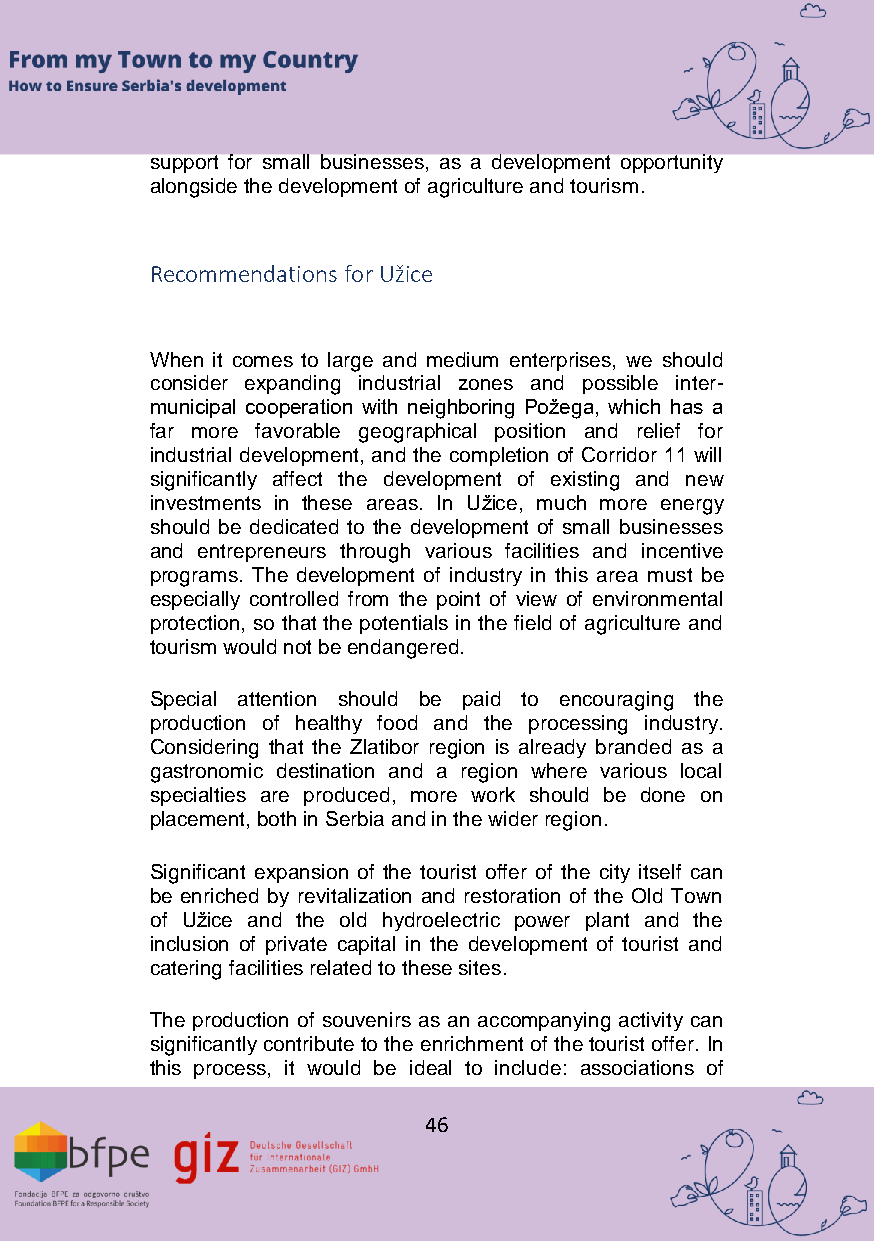
support for small businesses, as a development opportunity
 alongside the development of agriculture and tourism.
 Recommendations for Užice
 When it comes to large and medium enterprises, we should
 consider expanding industrial zones and possible inter-
 municipal cooperation with neighboring Požega, which has a
 far more favorable geographical position and relief for
 industrial development, and the completion of Corridor 11 will
 significantly affect the development of existing and new
 investments in these areas. In Užice, much more energy
 should be dedicated to the development of small businesses
 and entrepreneurs through various facilities and incentive
 programs. The development of industry in this area must be
 especially controlled from the point of view of environmental
 protection, so that the potentials in the field of agriculture and
 tourism would not be endangered.
 Special attention should be paid to encouraging the
 production of healthy food and the processing industry.
 Considering that the Zlatibor region is already branded as a
 gastronomic destination and a region where various local
 specialties are produced, more work should be done on
 placement, both in Serbia and in the wider region.
 Significant expansion of the tourist offer of the city itself can
 be enriched by revitalization and restoration of the Old Town
 of Užice and the old hydroelectric power plant and the
 inclusion of private capital in the development of tourist and
 catering facilities related to these sites.
 The production of souvenirs as an accompanying activity can
 significantly contribute to the enrichment of the tourist offer. In
 this process, it would be ideal to include: associations of
 46